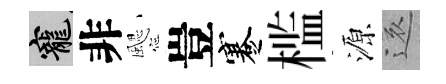
寵非颸豈蹇槛源還